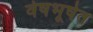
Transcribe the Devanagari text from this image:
वेषभूषेत